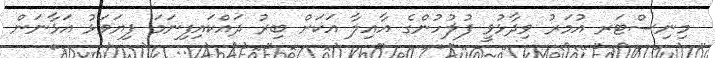
މިނިސްޓަރ އުމަރު ވިދާޅުވީ ފުލުހުންގެ އާއިލާ އަކަށް ބިރު ދައްކައިފިނަމަ ފިޔަވަޅު އަޅާނަން